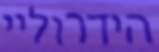
הידרוליי